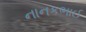
નાનકભાઈ